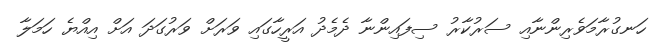
ހަނގުރާމަވެރިންނާއި ސަރުކާރު ސިފައިންނާ ދެމެދު އަރީހާގައި ވަރަށް ވަރުގަދަ އަށް އިއްޔެ ހަމަލާ